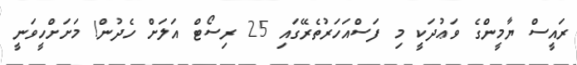
ރައީސް ޔާމީންގެ ވަޢުދަކީ މި ފަސްއަހަރުތެރޭގައި 25 ރިސޯޓް އަލަށް ހެދުން! މަށަށްހީވަނީ